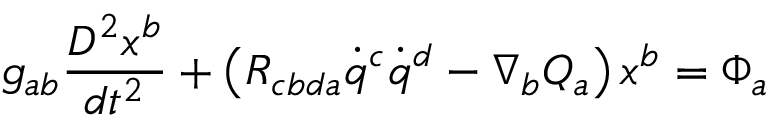
g _ { a b } \frac { D ^ { 2 } x ^ { b } } { d t ^ { 2 } } + \left( R _ { c b d a } \dot { q } ^ { c } \dot { q } ^ { d } - \nabla _ { b } Q _ { a } \right) x ^ { b } = \Phi _ { a }